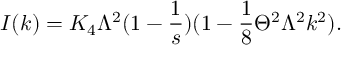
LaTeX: I ( k ) = K _ { 4 } \Lambda ^ { 2 } ( 1 - \frac { 1 } { s } ) ( 1 - \frac { 1 } { 8 } \Theta ^ { 2 } \Lambda ^ { 2 } k ^ { 2 } ) .